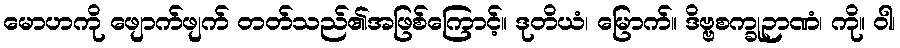
မောဟကို ဖျောက်ဖျက် တတ်သည်၏အဖြစ်ကြောင့်။ ဒုတိယံ၊ မြောက်။ ဒိဗ္ဗစက္ခုဉာဏံ၊ ကို။ ဝါ၊